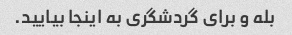
بله و برای گردشگری به اینجا بیایید.